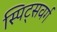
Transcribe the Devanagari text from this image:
स्पिट्सवर्ग